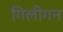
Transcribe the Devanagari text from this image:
गिलीगन